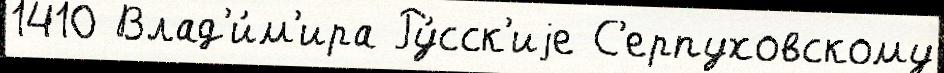
1410 Влад'и́м'ира Ру́сск'иjе С'ерпуховскому